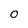
Character: O